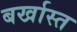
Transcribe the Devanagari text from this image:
बर्खास्त